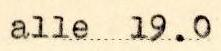
alle 19.0